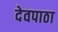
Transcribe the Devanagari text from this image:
देवपाठा